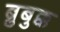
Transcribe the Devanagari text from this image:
ब्रुबुक्क